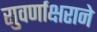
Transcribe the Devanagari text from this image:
सुवर्णाक्षराने